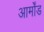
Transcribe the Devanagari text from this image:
आर्मोंड